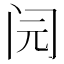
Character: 𰿨